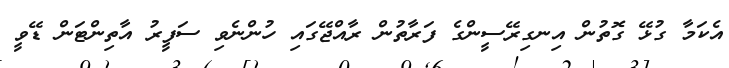
އެކަމާ ގުޅޭ ގޮތުން އިނގިރޭސީންގެ ފަރާތުން ރާއްޖޭގައި ހުންނެވި ސަފީރު އާތިންޓަން ޑޭވީ